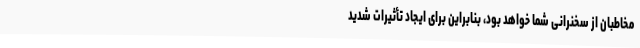
مخاطبان از سخنرانی شما خواهد بود، بنابراین برای ایجاد تأثیرات شدید